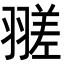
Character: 𦒁